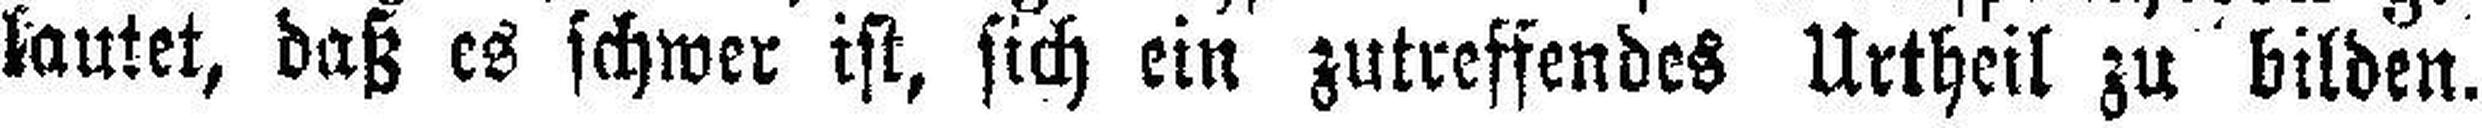
lautet, daß es schwer ist, sich ein zutreffendes Urtheil zu bilden.